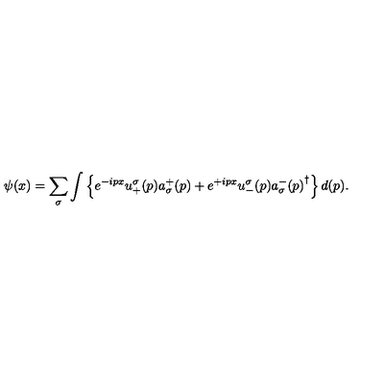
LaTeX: \psi ( x ) = \sum _ { \sigma } \int \left\{ e ^ { - i p x } u _ { + } ^ { \sigma } ( p ) a _ { \sigma } ^ { + } ( p ) + e ^ { + i p x } u _ { - } ^ { \sigma } ( p ) { a _ { \sigma } ^ { - } ( p ) } ^ { \dagger } \right\} d ( p ) .